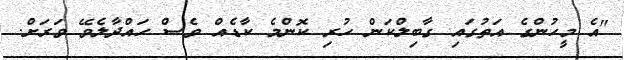
"އެ މީހުންގެ އަތުގައި ގާބިލްކަން ހުރި ކޮންމެ ކާޑެއް ވެސް ހައްދާލެވޭ ވަރަށް.